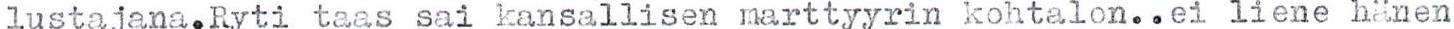
lustajana.Ryti taas sai kansallisen marttyyrin kohtalon..ei liene hänen